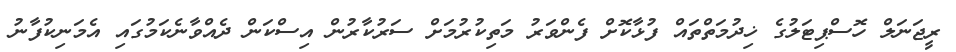
ރީޖަނަލް ހޮސްޕިޓަލުގެ ޚިދުމަތްތައް ފުޅާކޮށް ފެންވަރު މަތިކުރުމަށް ސަރުކާރުން އިސްކަން ދެއްވާނެކަމުގައި އެމަނިކުފާނު